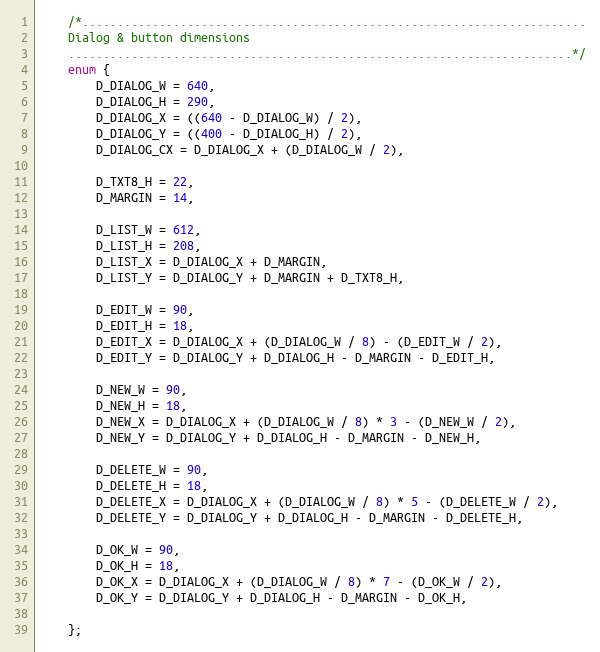
Language: C++
	/*........................................................................
	Dialog & button dimensions
	........................................................................*/
	enum {
		D_DIALOG_W = 640,
		D_DIALOG_H = 290,
		D_DIALOG_X = ((640 - D_DIALOG_W) / 2),
		D_DIALOG_Y = ((400 - D_DIALOG_H) / 2),
		D_DIALOG_CX = D_DIALOG_X + (D_DIALOG_W / 2),

		D_TXT8_H = 22,
		D_MARGIN = 14,

		D_LIST_W = 612,
		D_LIST_H = 208,
		D_LIST_X = D_DIALOG_X + D_MARGIN,
		D_LIST_Y = D_DIALOG_Y + D_MARGIN + D_TXT8_H,

		D_EDIT_W = 90,
		D_EDIT_H = 18,
		D_EDIT_X = D_DIALOG_X + (D_DIALOG_W / 8) - (D_EDIT_W / 2),
		D_EDIT_Y = D_DIALOG_Y + D_DIALOG_H - D_MARGIN - D_EDIT_H,

		D_NEW_W = 90,
		D_NEW_H = 18,
		D_NEW_X = D_DIALOG_X + (D_DIALOG_W / 8) * 3 - (D_NEW_W / 2),
		D_NEW_Y = D_DIALOG_Y + D_DIALOG_H - D_MARGIN - D_NEW_H,

		D_DELETE_W = 90,
		D_DELETE_H = 18,
		D_DELETE_X = D_DIALOG_X + (D_DIALOG_W / 8) * 5 - (D_DELETE_W / 2),
		D_DELETE_Y = D_DIALOG_Y + D_DIALOG_H - D_MARGIN - D_DELETE_H,

		D_OK_W = 90,
		D_OK_H = 18,
		D_OK_X = D_DIALOG_X + (D_DIALOG_W / 8) * 7 - (D_OK_W / 2),
		D_OK_Y = D_DIALOG_Y + D_DIALOG_H - D_MARGIN - D_OK_H,

	};